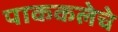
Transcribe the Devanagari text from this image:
पाककलेचे